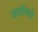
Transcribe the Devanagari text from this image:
खाडीकडे